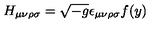
H _ { \mu \nu \rho \sigma } = \sqrt { - g } \epsilon _ { \mu \nu \rho \sigma } f ( y )